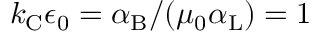
k _ { \mathrm { { C } } } \epsilon _ { 0 } = \alpha _ { \mathrm { { B } } } / ( \mu _ { 0 } \alpha _ { \mathrm { { L } } } ) = 1